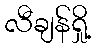
လီချန်ရှို့